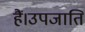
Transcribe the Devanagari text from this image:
हैं।उपजाति